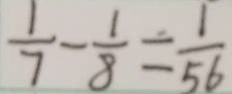
\frac { 1 } { 7 } - \frac { 1 } { 8 } = \frac { 1 } { 5 6 }